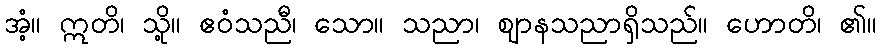
အံ့။ ဣတိ၊ သို့။ ဧဝံသညီ၊ သော။ သညာ၊ ဈာနသညာရှိသည်။ ဟောတိ၊ ၏။